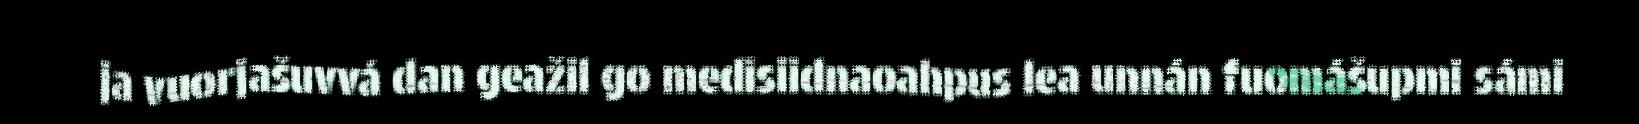
ja vuorjašuvvá dan geažil go medisiidnaoahpus lea unnán fuomášupmi sámi